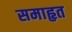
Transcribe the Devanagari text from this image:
समाहृत